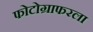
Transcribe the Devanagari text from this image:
फोटोग्राफरला